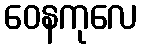
ဝေနကုလေ